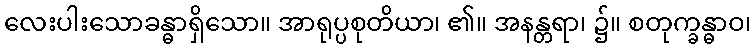
လေးပါးသောခန္ဓာရှိသော။ အာရုပ္ပစုတိယာ၊ ၏။ အနန္တရာ၊ ၌။ စတုက္ခန္ဓာဝ၊